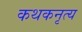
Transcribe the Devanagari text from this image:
कथकनृत्य